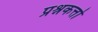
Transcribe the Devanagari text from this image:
प्रश्नकर्त्ता